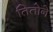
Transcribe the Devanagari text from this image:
तितोने